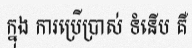
ក្នុង ការប្រើប្រាស់ ទំនើប គឺ